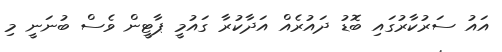
އައު ސަރުކާރުގައި ބޮޑު ދައުރެއް އަދާކުރާ ގައުމީ ޕާޓީން ވެސް ބުނަނީ މި